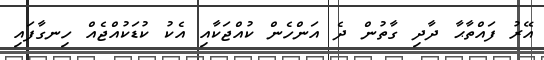
އޭރު ފައްތާޙާ ދާދި ގާތުން ދެ އަންހެން ކުއްޖަކާއި އެކު ކުޑަކުއްޖެއް ހިނގާފައި